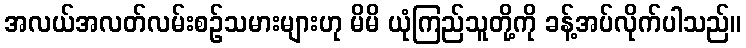
အလယ်အလတ်လမ်းစဉ်သမားများဟု မိမိ ယုံကြည်သူတို့ကို ခန့်အပ်လိုက်ပါသည်။